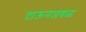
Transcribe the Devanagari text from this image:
टाऊनजवळ